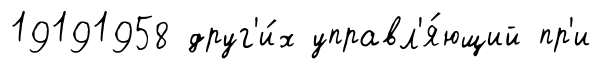
19191958 друг'и́х управл'я́ющий пр'и